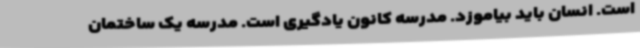
است. انسان باید بیاموزد. مدرسه کانون یادگیری است. مدرسه یک ساختمان